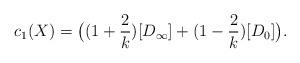
LaTeX: \begin{align*}c_1(X) = \big( (1 + \frac 2 k) [D_\infty] + (1 - \frac 2 k) [D_0] \big).\end{align*}